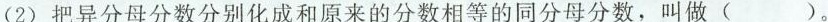
(2)把异分母分数分别化成和原来的分数相等的同分母分数，叫做()